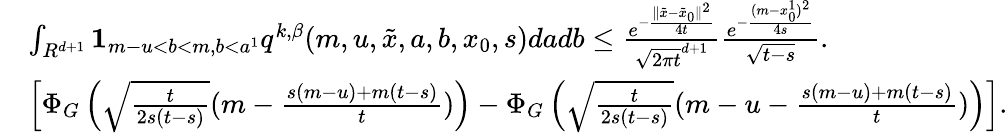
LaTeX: \begin{array}{rl}&{\int_{R^{d+1}}{\mathbf 1}_{m-u<b<m,b<a^{1}}q^{k,\beta}(m,u,\tilde{x},a,b,x_{0},s)dadb\leq\frac{e^{-\frac{\| \tilde{x}-\tilde{x}_{0}\| ^{2}}{4t}}}{\sqrt{2\pi t}^{d+1}}\frac{e^{-\frac{(m-x_{0}^{1})^{2}}{4s}}}{\sqrt{t-s}}.}\\ &{\left[\Phi_{G}\left(\sqrt{\frac{t}{2s(t-s)}}(m-\frac{s(m-u)+m(t-s)}{t})\right)-\Phi_{G}\left(\sqrt{\frac{t}{2s(t-s)}}(m-u-\frac{s(m-u)+m(t-s)}{t})\right)\right].}\end{array}